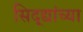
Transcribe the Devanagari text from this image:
सिद्द्यांच्या